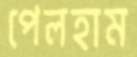
পেলহাম